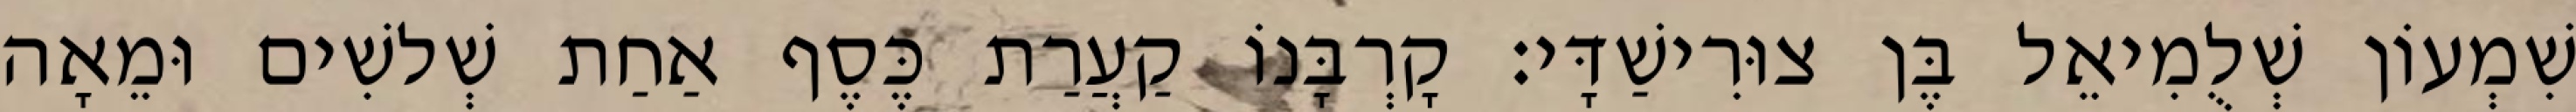
שִׁמְעוֹן שְׁלֻמִיאֵל בֶּן צוּרִישַׁדָּי׃ קָרְבָּנוֹ קַעֲרַת כֶּסֶף אַחַת שְׁלשִׁים וּמֵאָה